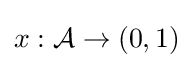
x:{\mathcal {A}}\to (0,1)